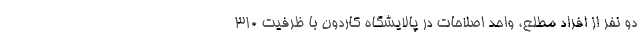
دو نفر از افراد مطلع، واحد اصلاحات در پالایشگاه کاردون با ظرفیت ۳۱۰